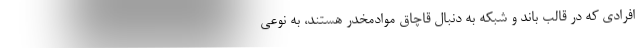
افرادی که در قالب باند و شبکه به دنبال قاچاق موادمخدر هستند، به نوعی